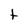
Character: t